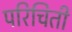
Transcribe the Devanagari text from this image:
परिचिती